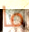
ما